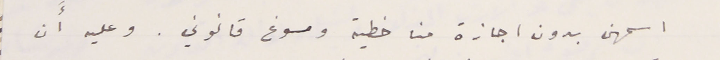
اسمهن بدون اجازة منا خطية ومسوغ قانوني. وعليه أَن